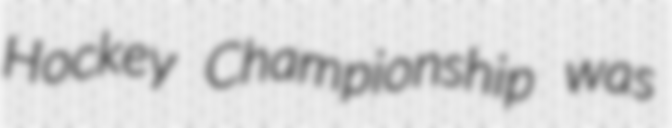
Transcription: Hockey Championship was